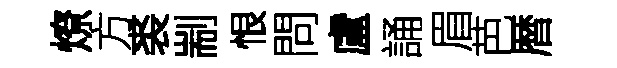
燎方裘剬恨問盧誦眉芭暦